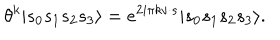
LaTeX: \theta ^ { k } | s _ { 0 } s _ { 1 } s _ { 2 } s _ { 3 } \rangle = e ^ { 2 i \pi k v \cdot s } | s _ { 0 } s _ { 1 } s _ { 2 } s _ { 3 } \rangle .